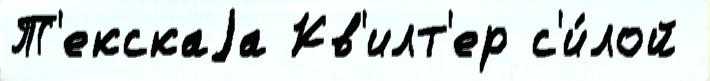
Т'екскаjа Кв'илт'ер с'и́лой